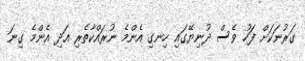
ގަރުނަކަށް ފަހު ވެސް ދުނިޔޭގައި ހިނގި އެންމެ ނުރައްކާތެރި އަދި އެންމެ ގިނަ